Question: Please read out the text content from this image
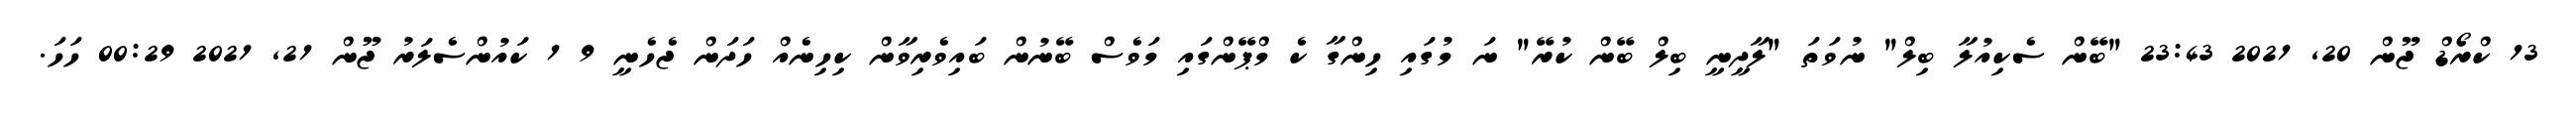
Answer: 13 ކްރޯޑް ޖޫން 20, 2021 23:43 "ބޭން ސެކިއުލާ ބިލް" ނުވަތަ "ލާދީނީ ބިލް ބޭން ކުރޭ" ނަ މުގައި ހިންގާ ކެ މްޕޭންގައި މަވެސް ބޭނުން ބައިވެރިވާން ކިހިނެއް ހަދަން ޖެހެނީ 9 1 ކައުންސެލަރު ޖޫން 21, 2021 00:29 ހަހަ.